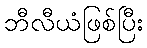
ဘီလီယံဖြစ်ပြီး